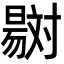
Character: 𣋇